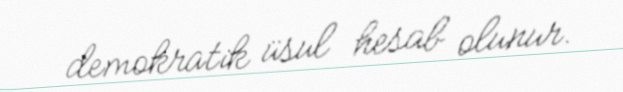
demokratik üsul hesab olunur.